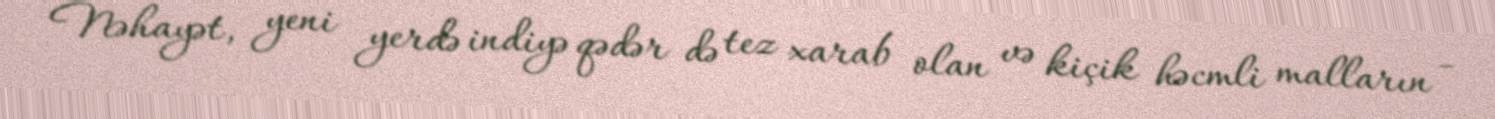
Nəhayət, yeni yerdə indiyə qədər də tez xarab olan və kiçik həcmli malların -